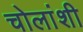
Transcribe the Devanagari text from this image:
चोलांशी